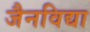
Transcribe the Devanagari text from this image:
जैनविद्या